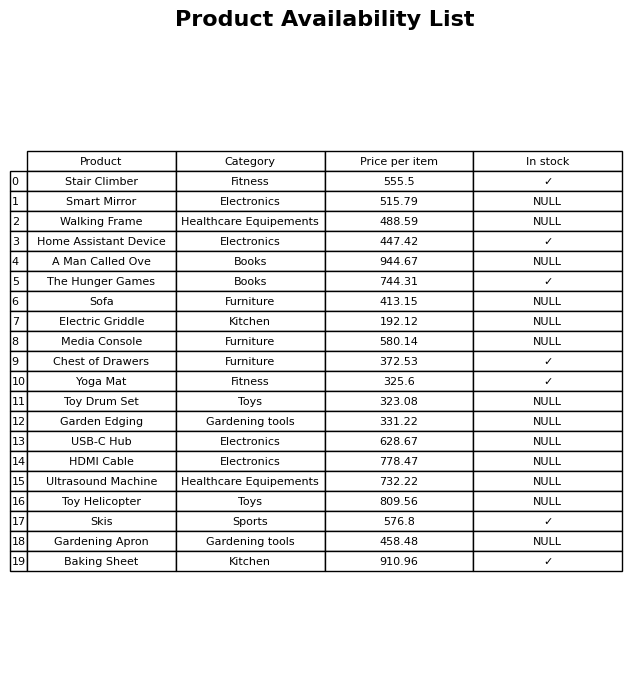
question: What is the stock status of the HDMI Cable?
answer: NULL